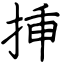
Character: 挿